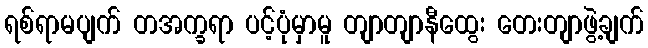
ရစ်ရာမပျက် တအက္ခရာ ပင့်ပုံမှာမူ တျာတျာနီထွေး တေးတျာဖွဲ့ချက်